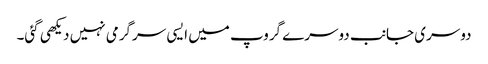
دوسری جانب دوسرے گروپ میں ایسی سرگرمی نہیں دیکھی گئی۔